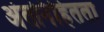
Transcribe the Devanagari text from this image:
अंतर्निहितता